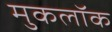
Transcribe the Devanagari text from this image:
मुकलॉक